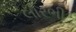
લોરભી